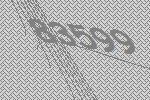
83599